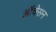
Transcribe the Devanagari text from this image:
ऑचेसन